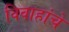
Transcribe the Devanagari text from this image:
विवाहांचे